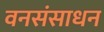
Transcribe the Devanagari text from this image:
वनसंसाधन